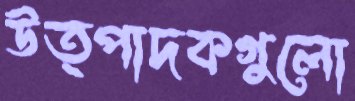
উত্পাদকগুলো